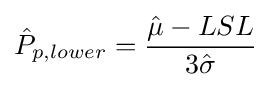
{\hat {P}}_{p,lower}={{\hat {\mu }}-LSL \over 3{\hat {\sigma }}}